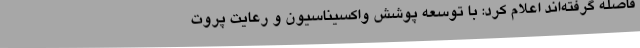
فاصله گرفته‌اند اعلام کرد: با توسعه پوشش واکسیناسیون و رعایت پروت